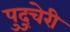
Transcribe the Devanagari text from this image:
पुदु्चेरी